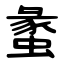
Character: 䗍